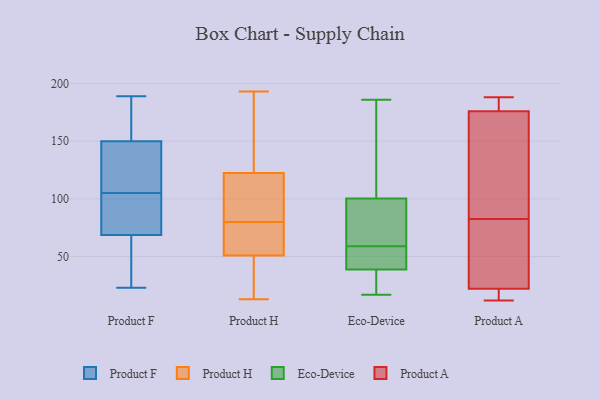
{"axis": {"x": "Shipments", "y": "Value"}, "legend": ["Eco-Device", "Product A", "Product F", "Product H"], "data": [{"x": "", "y": 121, "type": "Product F"}, {"x": "", "y": 159, "type": "Product F"}, {"x": "", "y": 168, "type": "Product F"}, {"x": "", "y": 56, "type": "Product F"}, {"x": "", "y": 73, "type": "Product F"}, {"x": "", "y": 122, "type": "Product F"}, {"x": "", "y": 26, "type": "Product F"}, {"x": "", "y": 23, "type": "Product F"}, {"x": "", "y": 147, "type": "Product F"}, {"x": "", "y": 92, "type": "Product F"}, {"x": "", "y": 75, "type": "Product F"}, {"x": "", "y": 189, "type": "Product F"}, {"x": "", "y": 105, "type": "Product F"}, {"x": "", "y": 46, "type": "Product F"}, {"x": "", "y": 184, "type": "Product F"}, {"x": "", "y": 110, "type": "Product F"}, {"x": "", "y": 78, "type": "Product F"}, {"x": "", "y": 132, "type": "Product H"}, {"x": "", "y": 193, "type": "Product H"}, {"x": "", "y": 72, "type": "Product H"}, {"x": "", "y": 13, "type": "Product H"}, {"x": "", "y": 69, "type": "Product H"}, {"x": "", "y": 37, "type": "Product H"}, {"x": "", "y": 32, "type": "Product H"}, {"x": "", "y": 179, "type": "Product H"}, {"x": "", "y": 51, "type": "Product H"}, {"x": "", "y": 104, "type": "Product H"}, {"x": "", "y": 187, "type": "Product H"}, {"x": "", "y": 123, "type": "Product H"}, {"x": "", "y": 80, "type": "Product H"}, {"x": "", "y": 121, "type": "Product H"}, {"x": "", "y": 51, "type": "Product H"}, {"x": "", "y": 91, "type": "Product H"}, {"x": "", "y": 77, "type": "Product H"}, {"x": "", "y": 99, "type": "Product H"}, {"x": "", "y": 39, "type": "Product H"}, {"x": "", "y": 49, "type": "Eco-Device"}, {"x": "", "y": 64, "type": "Eco-Device"}, {"x": "", "y": 30, "type": "Eco-Device"}, {"x": "", "y": 41, "type": "Eco-Device"}, {"x": "", "y": 94, "type": "Eco-Device"}, {"x": "", "y": 185, "type": "Eco-Device"}, {"x": "", "y": 65, "type": "Eco-Device"}, {"x": "", "y": 17, "type": "Eco-Device"}, {"x": "", "y": 186, "type": "Eco-Device"}, {"x": "", "y": 59, "type": "Eco-Device"}, {"x": "", "y": 59, "type": "Eco-Device"}, {"x": "", "y": 119, "type": "Eco-Device"}, {"x": "", "y": 32, "type": "Eco-Device"}, {"x": "", "y": 176, "type": "Product A"}, {"x": "", "y": 29, "type": "Product A"}, {"x": "", "y": 14, "type": "Product A"}, {"x": "", "y": 123, "type": "Product A"}, {"x": "", "y": 107, "type": "Product A"}, {"x": "", "y": 22, "type": "Product A"}, {"x": "", "y": 185, "type": "Product A"}, {"x": "", "y": 188, "type": "Product A"}, {"x": "", "y": 58, "type": "Product A"}, {"x": "", "y": 12, "type": "Product A"}]}